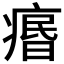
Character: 𤸅